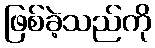
ဖြစ်ခဲ့သည်ကို